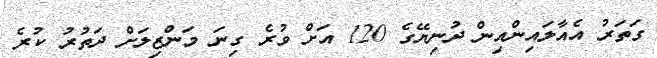
ގަތަރު އެއާލައިންއިން ދުނިޔޭގެ 120 އަށް ވުރެ ގިނަ މަންޒިލަށް ދަތުރު ކުރެ